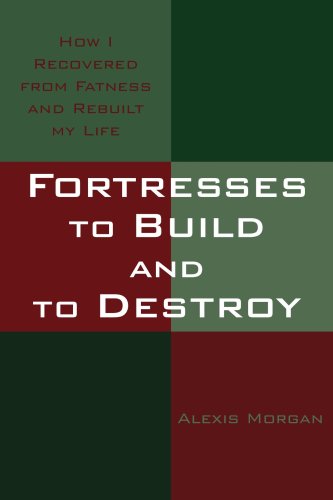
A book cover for Fortresses to Build and to Destroy: How I Recovered from Fatness and Rebuilt my Life; Nancy Carter; Health, Fitness & Dieting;